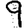
Digit: 9